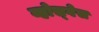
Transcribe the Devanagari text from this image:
व्होस्गेस